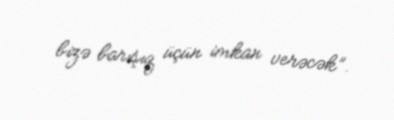
bizə barışıq üçün imkan verəcək”.